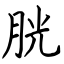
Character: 胱